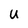
Character: U